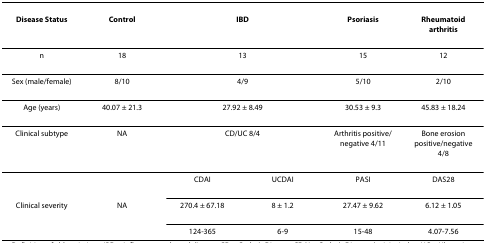
| Disease Status | Control | <COLSPAN=2> IBD | Psoriasis | Rheumatoid arthritis |
 | --- | --- | --- | --- | --- | --- |
 | n | 18 | <COLSPAN=2> 13 | 15 | 12 |
 | Sex (male/female) | 8/10 | <COLSPAN=2> 4/9 | 5/10 | 2/10 |
 | Age (years) | 40.07 ± 21.3 | <COLSPAN=2> 27.92 ± 8.49 | 30.53 ± 9.3 | 45.83 ± 18.24 |
 | Clinical subtype | NA | <COLSPAN=2> CD/UC 8/4 | Arthritis positive/negative 4/11 | Bone erosion positive/negative 4/8 |
 |  |  | CDAI | UCDAI | PASI | DAS28 |
 | Clinical severity | NA | 270.4 ± 67.18 | 8 ± 1.2 | 27.47 ± 9.62 | 6.12 ± 1.05 |
 |  |  | 124-365 | 6-9 | 15-48 | 4.07-7.56 |